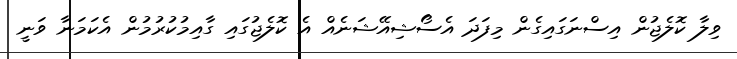
ވިލާ ކޮލެޖުން އިސްނަގައިގެން މިފަދަ އެސޯޝިއޭޝަނެއް އެ ކޮލެޖުގައި ގާއިމުކުރުމުން އެކަމަނާ ވަނީ